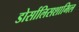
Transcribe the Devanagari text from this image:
डोर्सालिसशामिल